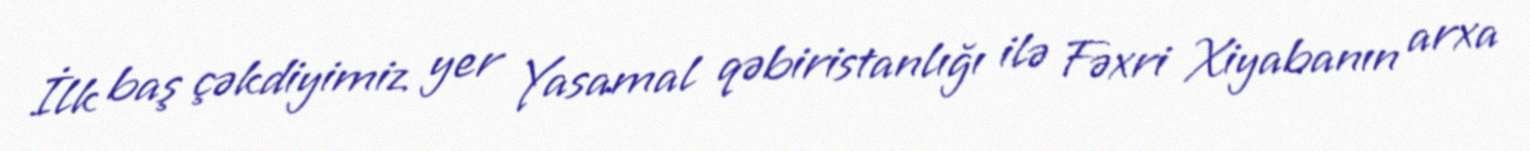
İlk baş çəkdiyimiz yer Yasamal qəbiristanlığı ilə Fəxri Xiyabanın arxa